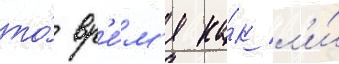
то́ вр'е́м'я ка́к л'и́